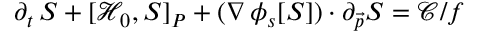
\partial _ { t } \, S + [ \mathcal { H } _ { 0 } , S ] _ { P } + ( \nabla \, \phi _ { s } [ S ] ) \cdot \partial _ { \vec { p } } S = \mathcal { C } / f